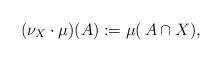
LaTeX: \begin{align*}(\nu_X \cdot \mu)(A): = \mu(\,A \cap X),\end{align*}